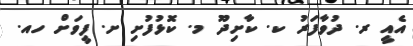
އެއީ ރ. ދުވާފަރު ކ. ކާށިދޫ މ. ކޮޅުފުށި ށ. ފީވަށް ހއ.